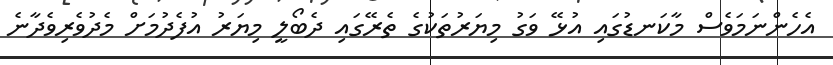
އެހެންނަމަވެސް މާކަނޑުގައި އުޅޭ ވަގު މިޔަރުތަކުގެ ތެރޭގައި ދެބޯލީ މިޔަރު އުފެދުމަށް މެދުވެރިވެދާނެ